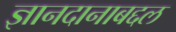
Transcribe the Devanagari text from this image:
ज्ञानदानाबद्दल